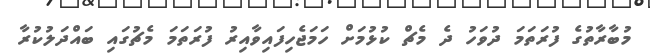
މުބާރާތުގެ ފުރަތަމަ ދުވަހު ދެ މެޗް ކުޅުމަށް ހަމަޖެހިފައިވާއިރު ފުރަތަމަ މެޗުގައި ބައްދަލުކުރާ